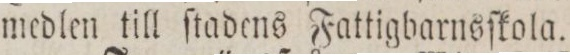
medlen till ſtadens Fattigbarnsſkola.